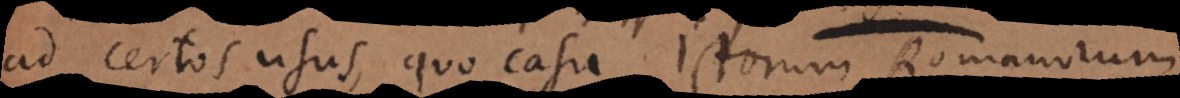
ad certos usus, quo casu Jurisconsultorum Romanorum